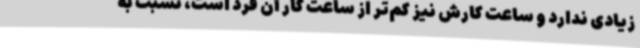
زیادی ندارد و ساعت کارش نیز کم‌تر از ساعت کار آن فرد است، نسبت به